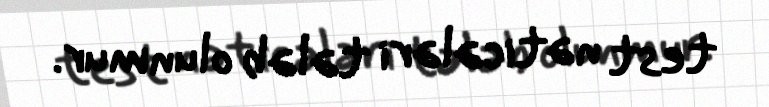
test nəticələri tələb olunmur.